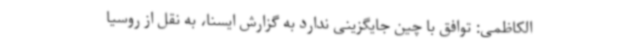
الکاظمی: توافق با چین جایگزینی ندارد به گزارش ایسنا، به نقل از روسیا